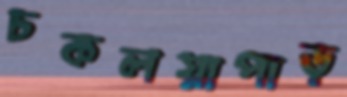
চকলয়াপাড়